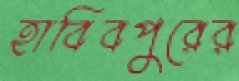
হাবিবপুরের